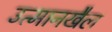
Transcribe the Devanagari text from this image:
उत्मानखैल